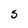
Character: S